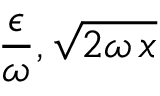
\frac { \epsilon } { \omega } , \sqrt { 2 \omega \, x }